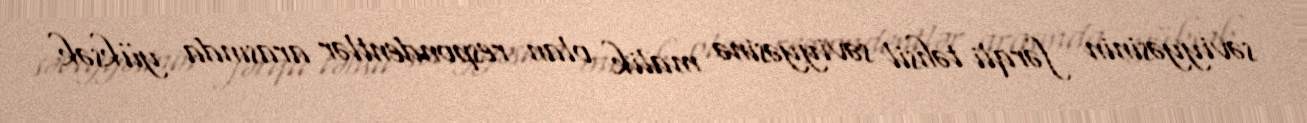
səviyyəsinin fərqli təhsil səviyyəsinə malik olan respondentlər arasında yüksək